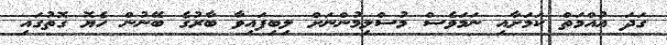
ގަދަ އުއްމަތް ކަމަށާއި ނަމަވެސް މުސްލިމުންނަށް ލިބިފައިވާ ބާރުގެ ބޭނުން ހެޔޮ ގޮތުގައި